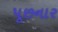
પૂછનાર